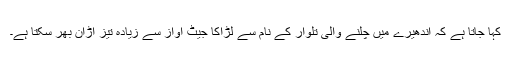
کہا جاتا ہے کہ اندھیرے میں چلنے والی تلوار کے نام سے لڑاکا جیٹ آواز سے زیادہ تیز اڑان بھر سکتا ہے۔